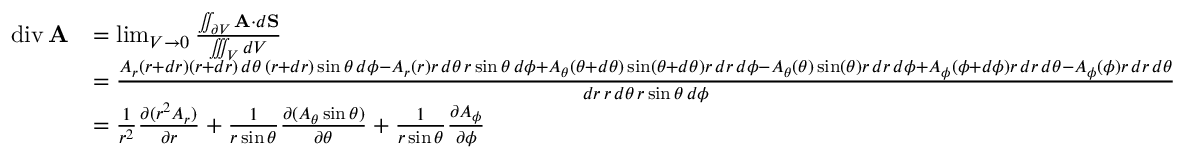
{ \begin{array} { r l } { \operatorname { d i v } \mathbf { A } } & { = \operatorname* { l i m } _ { V \to 0 } { \frac { \iint _ { \partial V } \mathbf { A } \cdot d \mathbf { S } } { \iiint _ { V } d V } } } \\ & { = { \frac { A _ { r } ( r + d r ) ( r + d r ) \, d \theta \, ( r + d r ) \sin \theta \, d \phi - A _ { r } ( r ) r \, d \theta \, r \sin \theta \, d \phi + A _ { \theta } ( \theta + d \theta ) \sin ( \theta + d \theta ) r \, d r \, d \phi - A _ { \theta } ( \theta ) \sin ( \theta ) r \, d r \, d \phi + A _ { \phi } ( \phi + d \phi ) r \, d r \, d \theta - A _ { \phi } ( \phi ) r \, d r \, d \theta } { d r \, r \, d \theta \, r \sin \theta \, d \phi } } } \\ & { = { \frac { 1 } { r ^ { 2 } } } { \frac { \partial ( r ^ { 2 } A _ { r } ) } { \partial r } } + { \frac { 1 } { r \sin \theta } } { \frac { \partial ( A _ { \theta } \sin \theta ) } { \partial \theta } } + { \frac { 1 } { r \sin \theta } } { \frac { \partial A _ { \phi } } { \partial \phi } } } \end{array} }